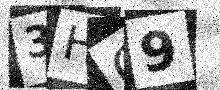
Text: 3HO9